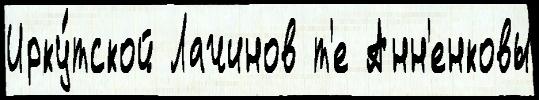
Ирку́тской Лачинов т'е Анн'енковы